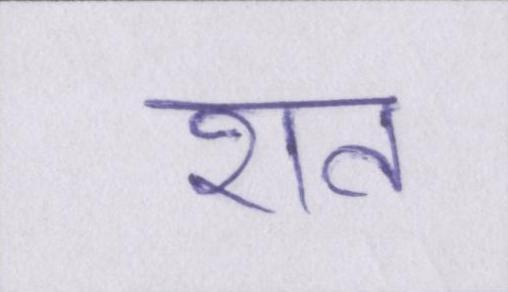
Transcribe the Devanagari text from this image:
शत